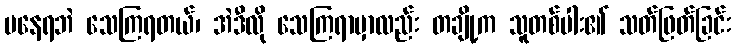
မနေရဘဲ သေကြရတယ်၊ အဲဒီလို သေကြရာမှာလည်း တချို့က သူတစ်ပါး၏ သတ်ဖြတ်ခြင်း